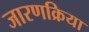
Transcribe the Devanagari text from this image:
जारणक्रिया